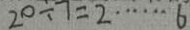
2 0 \div 7 = 2 \cdots 6